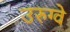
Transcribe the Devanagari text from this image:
उरुग्‍वे